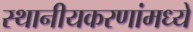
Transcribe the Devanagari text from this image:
स्थानीयकरणांमध्ये